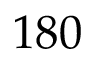
1 8 0